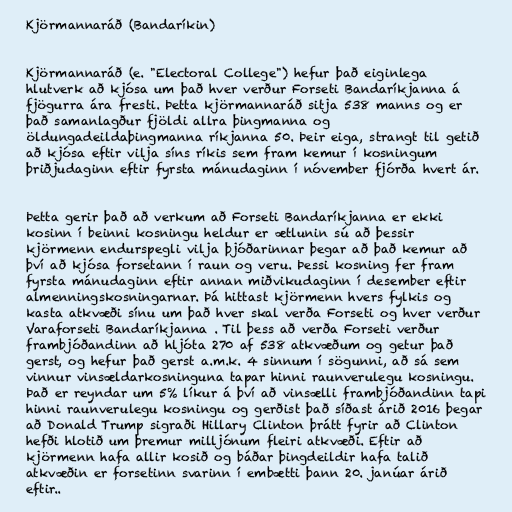
Kjörmannaráð (Bandaríkin)

Kjörmannaráð (e. "Electoral College") hefur það eiginlega
hlutverk að kjósa um það hver verður Forseti Bandaríkjanna á
fjögurra ára fresti. Þetta kjörmannaráð sitja 538 manns og er
það samanlagður fjöldi allra þingmanna og
öldungadeildaþingmanna ríkjanna 50. Þeir eiga, strangt til getið
að kjósa eftir vilja síns ríkis sem fram kemur í kosningum
þriðjudaginn eftir fyrsta mánudaginn í nóvember fjórða hvert ár.

Þetta gerir það að verkum að Forseti Bandaríkjanna er ekki
kosinn í beinni kosningu heldur er ætlunin sú að þessir
kjörmenn endurspegli vilja þjóðarinnar þegar að það kemur að
því að kjósa forsetann í raun og veru. Þessi kosning fer fram
fyrsta mánudaginn eftir annan miðvikudaginn í desember eftir
almenningskosningarnar. Þá hittast kjörmenn hvers fylkis og
kasta atkvæði sínu um það hver skal verða Forseti og hver verður
Varaforseti Bandaríkjanna . Til þess að verða Forseti verður
frambjóðandinn að hljóta 270 af 538 atkvæðum og getur það
gerst, og hefur það gerst a.m.k. 4 sinnum í sögunni, að sá sem
vinnur vinsældarkosninguna tapar hinni raunverulegu kosningu.
Það er reyndar um 5% líkur á því að vinsælli frambjóðandinn tapi
hinni raunverulegu kosningu og gerðist það síðast árið 2016 þegar
að Donald Trump sigraði Hillary Clinton þrátt fyrir að Clinton
hefði hlotið um þremur milljónum fleiri atkvæði. Eftir að
kjörmenn hafa allir kosið og báðar þingdeildir hafa talið
atkvæðin er forsetinn svarinn í embætti þann 20. janúar árið
eftir..